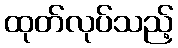
ထုတ်လုပ်သည့်